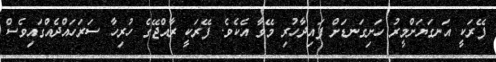
ފޭރަކީ އަނގަޔަށްމީރު ހަށިގަނޑަށް ފައިދާހުރި މޭވާ އެކެވެ. ފޭރަކީ ރާއްޖޭގެ ހުރިހާ ސަރަހައްދެއްގައިވެސް